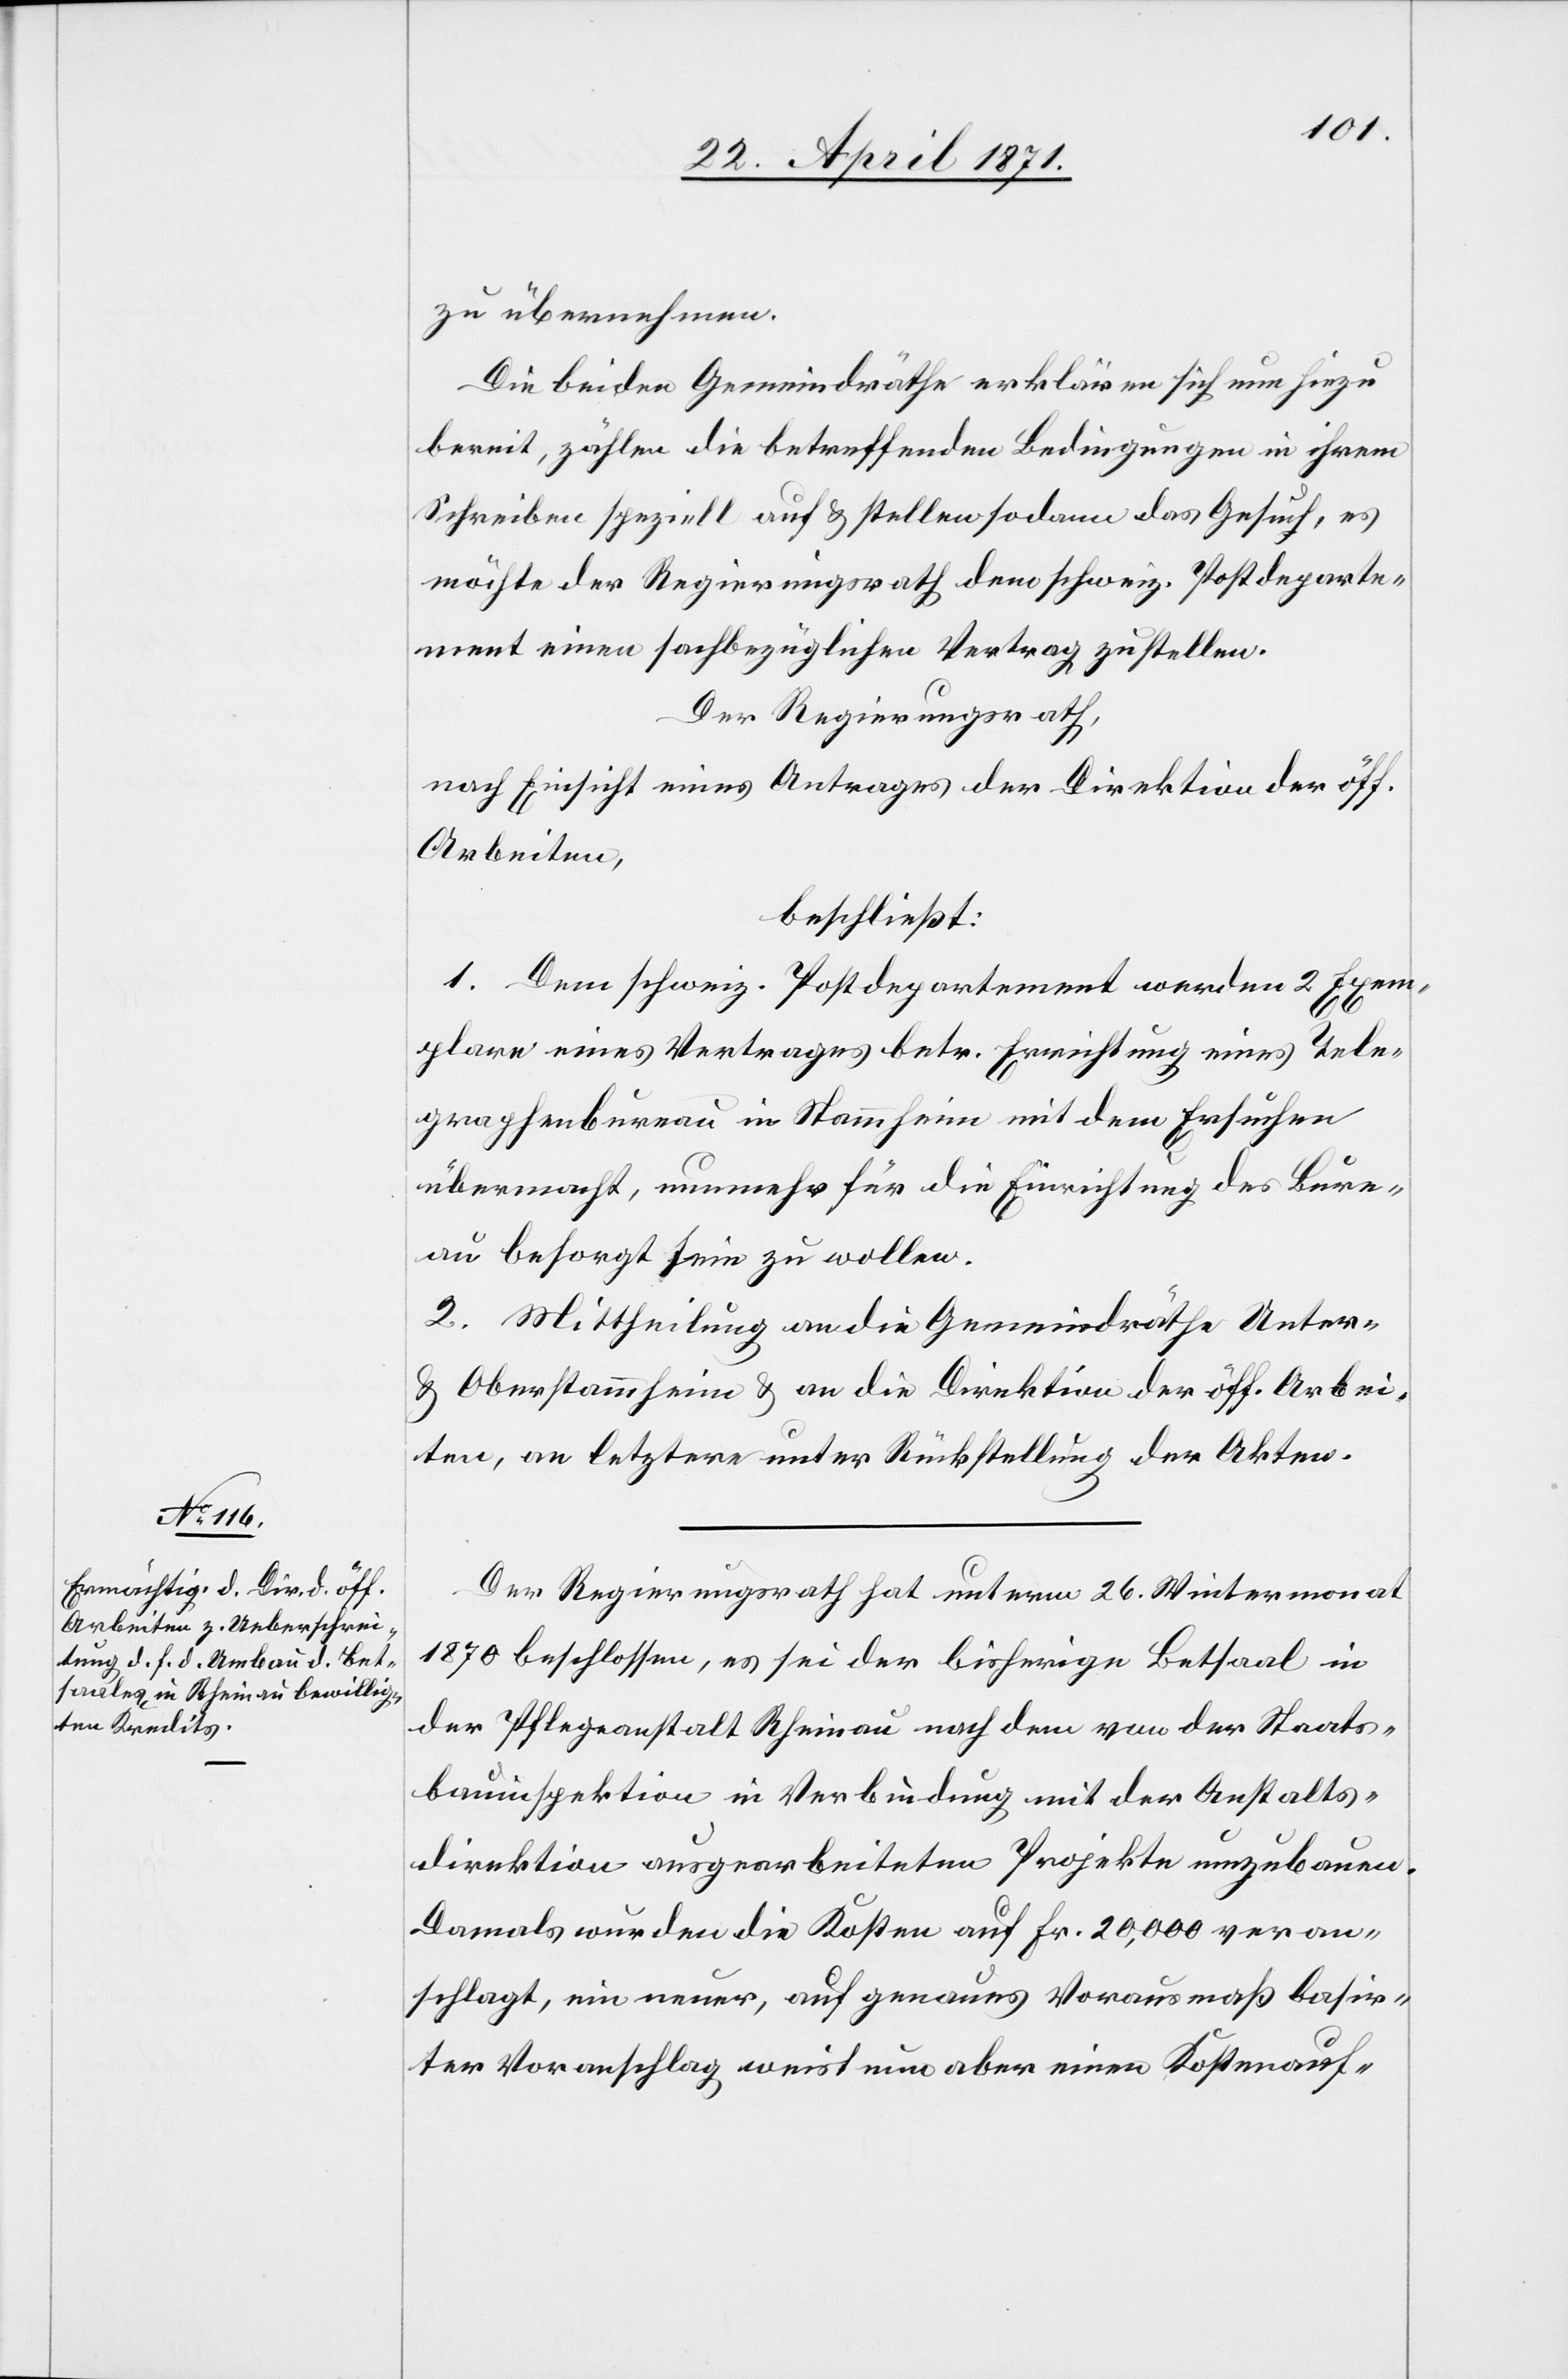
zu übernehmen.
Die beiden Gemeindräthe erklären sich nun hierzu
bereit, zählen die betreffenden Bedingungen in ihrem
Schreiben speziell auf u. stellen sodann das Gesuch, es
möchte der Regierungsrath dem schweiz. Postdeparte¬
ment einen sachbezüglichen Vertrag zustellen.
Der Regierungsrath,
nach Einsicht eines Antrages der Direktion der öff.
Arbeiten,
beschließt:
1. Dem schweiz. Postdepartement werden 2 Exem¬
plare eines Vertrages betr. Errichtung eines Tele¬
graphenbureau in Stammheim mit dem Ersuchen
übermacht, nunmehr für die Einrichtung des Bure¬
au besorgt sein zu wollen.
2. Mittheilung an die Gemeindräthe Unter-
u. Oberstrammheim u. an die Direktion der öff. Arbei¬
ten, an letztere unter Rückstellung der Akten.
Der Regierungsrath hat unterm 26. Wintermonat
1870 beschlossen, es sei der bisherige Betsaal in
der Pflegeanstalt Rheinau nach dem von der Staats¬
bauinspektion in Verbindung mit der Anstalts¬
direktion ausgearbeiteten Projekte umzubauen.
Damals wurden die Kosten auf Fr. 20,000 veran¬
schlagt, ein neuer, auf genaues Vorausmaß basir¬
ter Voranschlag weist nun aber einen Kostenauf-